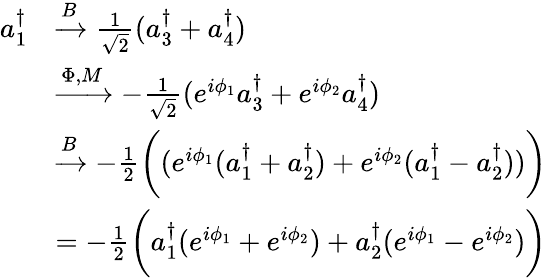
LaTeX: \begin{array}{rl}{a_{1}^{\dagger}}&{\xrightarrow{B}\frac{1}{\sqrt{2}}(a_{3}^{\dagger}+a_{4}^{\dagger})}\\ &{\xrightarrow{\Phi,M}-\frac{1}{\sqrt{2}}(e^{i\phi_{1}}a_{3}^{\dagger}+e^{i\phi_{2}}a_{4}^{\dagger})}\\ &{\xrightarrow{B}-\frac 12\bigg((e^{i\phi_{1}}(a_{1}^{\dagger}+a_{2}^{\dagger})+e^{i\phi_{2}}(a_{1}^{\dagger}-a_{2}^{\dagger}))\bigg)}\\ &{=-\frac 12\bigg(a_{1}^{\dagger}(e^{i\phi_{1}}+e^{i\phi_{2}})+a_{2}^{\dagger}(e^{i\phi_{1}}-e^{i\phi_{2}})\bigg)}\end{array}